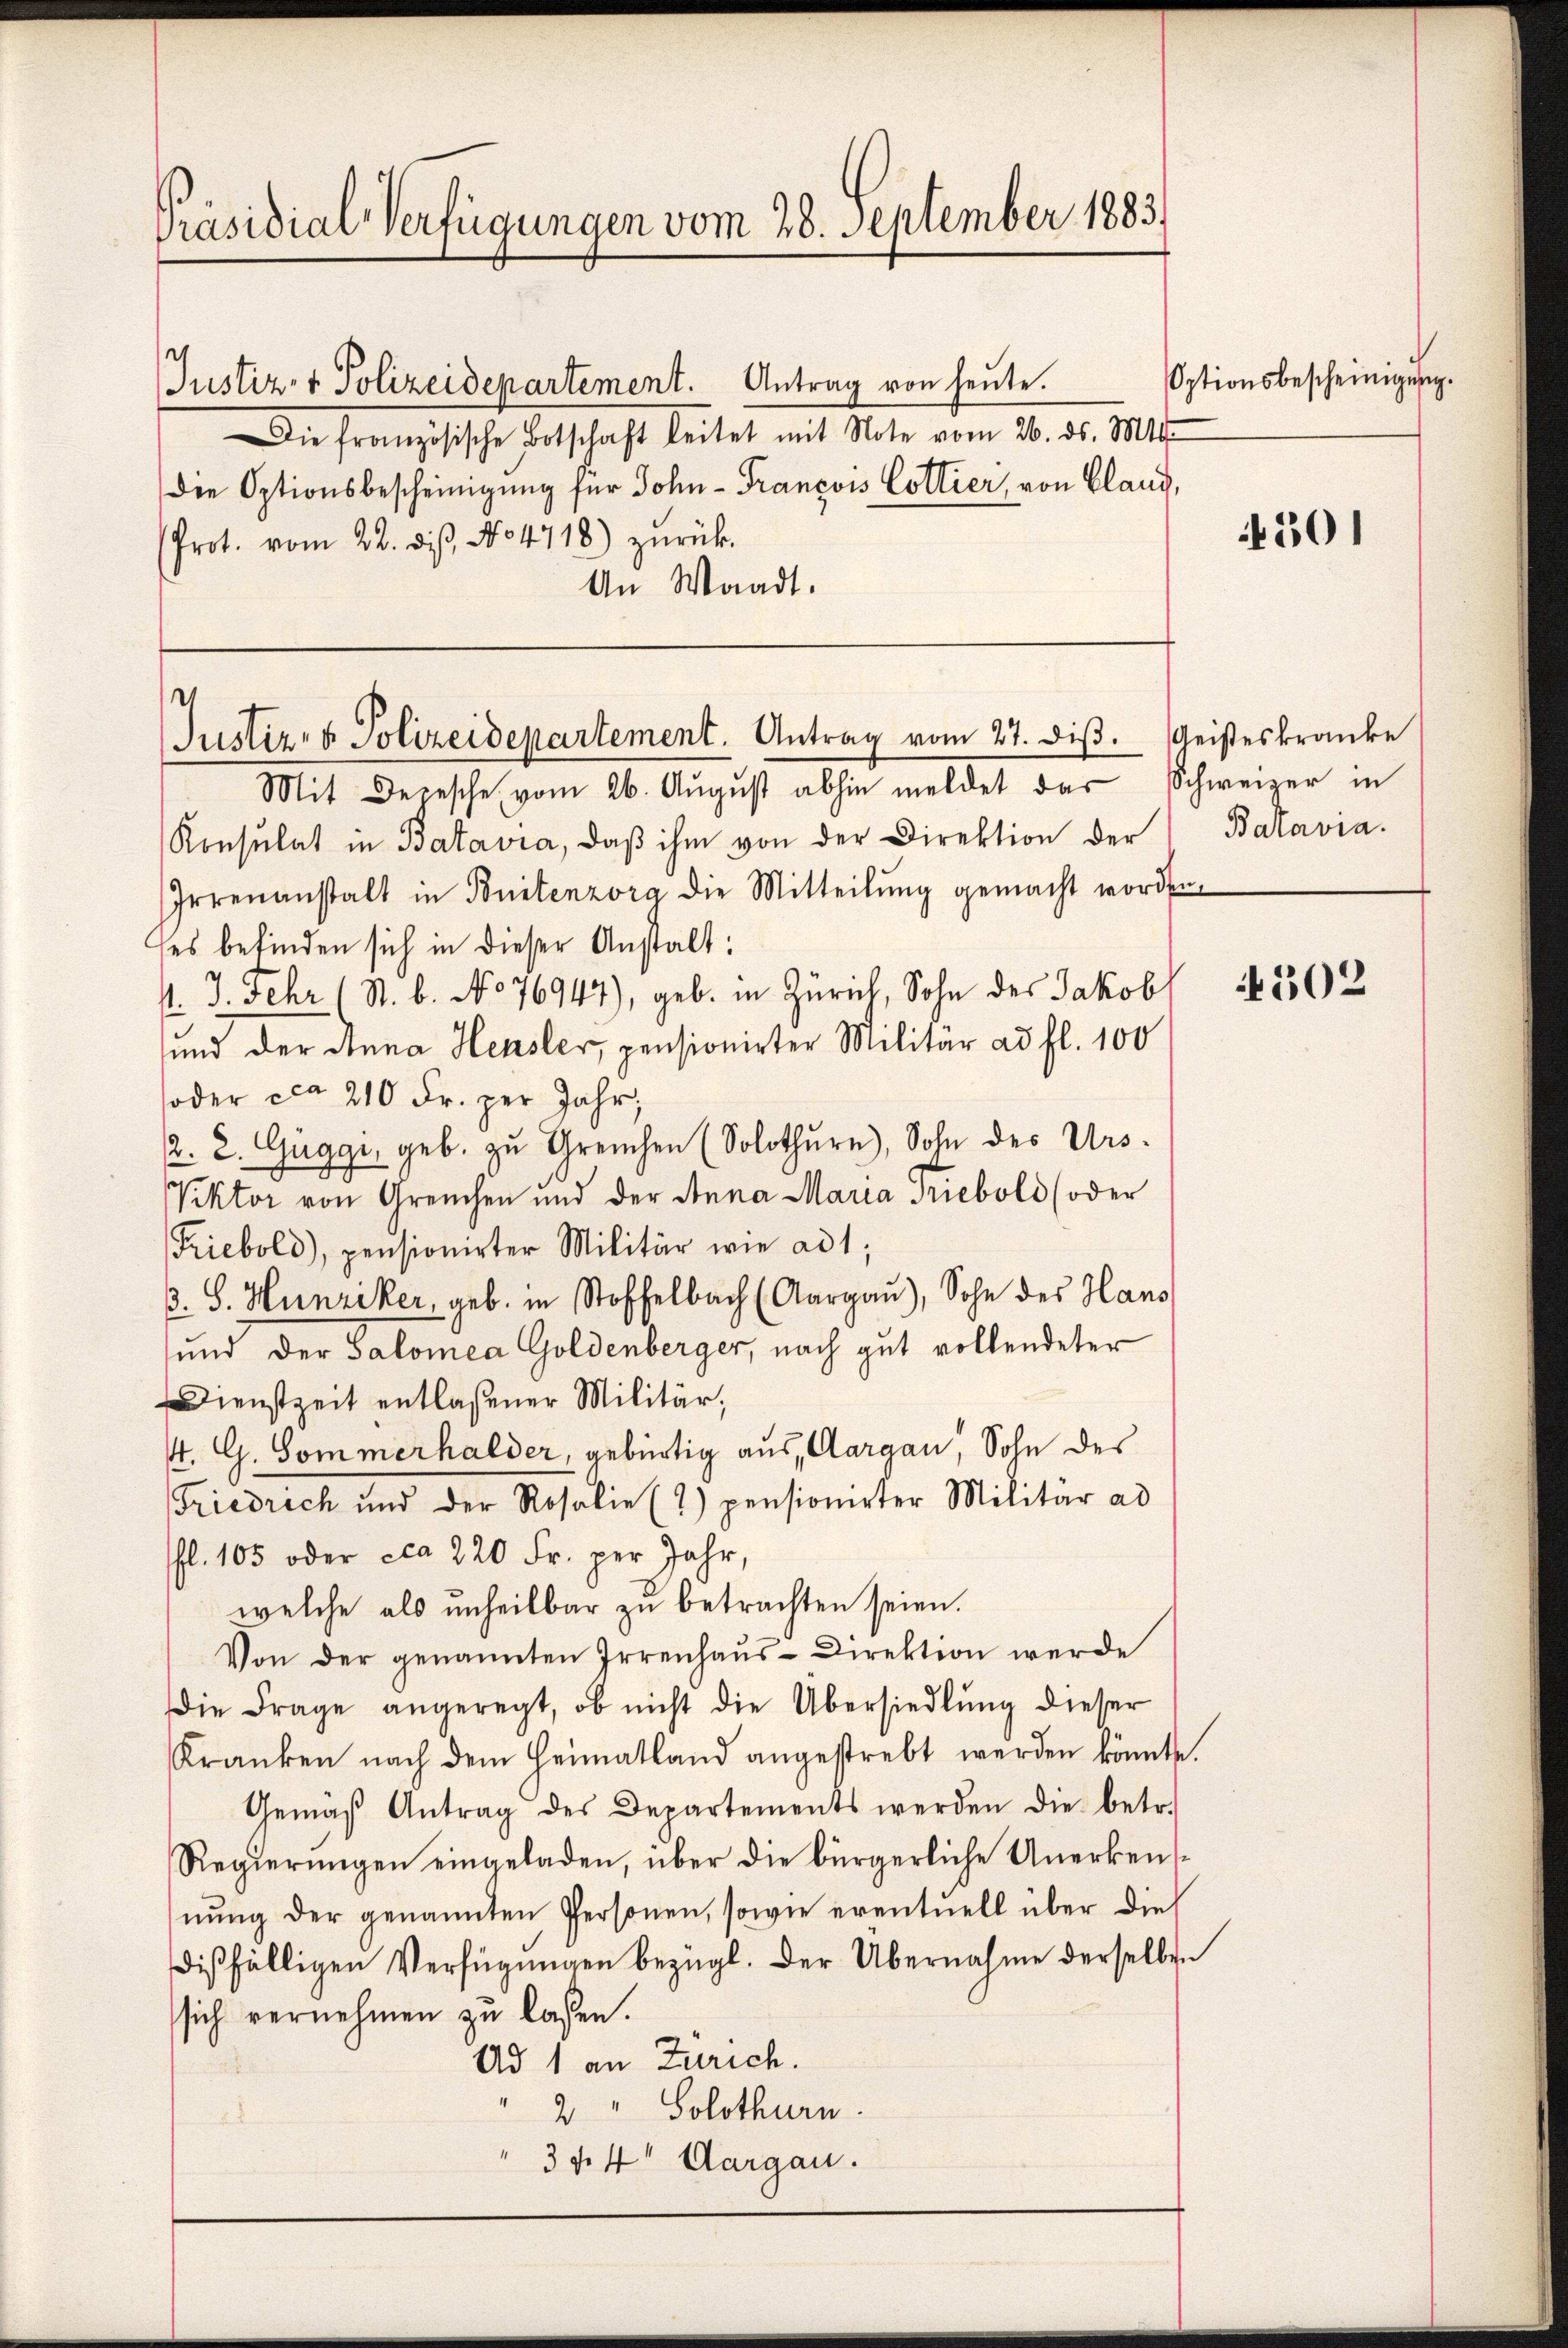
Präsidial-Verfügungen vom 28. September 1883.

Mit Depesche vom 26. Aŭgŭst abhin meldet das Schweizer in
Konsulat in Batavia, daβ ihm von der Direktion der Batavia.
Irrenanstalt in Bonitenzorg die Mitteilung gemacht worden.
ses befinden sich in dieser Anstalt:
. J. Fehr (St. b. No 76947), geb. in Zürich, Sohn des Jakob 65302
und der Anna Heusler, pensionirter Militär ad fl. 100
oder ca 210 Fr. per Jahr,
2. 2. Guggi, geb. zŭ Greuchen (Solothŭrn), Sohn des Urs¬
Viktor von Greuchen und der Anna Maria Triebols (oder
Triebold), pensionirter Militär wie ad 1,
3. S. Hunziker, geb. in Stoffelbach (Aargaŭ), Sohn des Haus
und der Salomea Goldenberger, nach gut vollendeter
Dienstzeit entlaßener Militär,
4. G. Sommerhalder, gebürtig aus, Aargau, Sohn des
Friedrich und der Rosalie (7) pensionirter Militär ad
fl. 105 oder ca 220 Fr. per Jahr,
welche als unheilbar zu betrachten seien.
Von der genannten Irrenhaus-Direktion werde
Die Frage angeregt, ob nicht die Übersiedlung dieser
Kranken nach dem Heimatland angestrebt werden könnte.
Gemäβ Antrag des Departements werden die betr.
Regierungen eingeladen, über die bürgerliche Unerkensnŭng der genannten Personen, sowie eventuell über die
disfälligen Verfügŭngen bezügl. Der Übernahme derselben
sich vernehmen zu lassen.
Ad 1 an Zürich.
" 2 " Solothurn
 34. 4t Aargau.

Justiz- & Polizeidepartement. Antrag von heute.
Die französische Botschaft leitet mit Note vom 26. ds. M
den Optionsbescheinigung für Sohn - Francois Cottier, von Pland,
(Prot. vom 22. dis, No 4718) zŭrück-
An Waadt.

Justiz- & Polizeidepartement. Antrag vom 27. diβ. Geisteskranke

Optionsbescheinigung.

4301